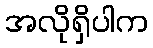
အလိုရှိပါက